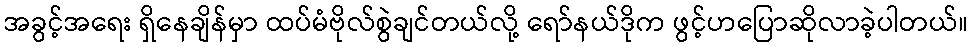
အခွင့်အရေး ရှိနေချိန်မှာ ထပ်မံဗိုလ်စွဲချင်တယ်လို့ ရော်နယ်ဒိုက ဖွင့်ဟပြောဆိုလာခဲ့ပါတယ်။